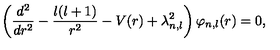
\left( \frac { d ^ { 2 } } { d r ^ { 2 } } - \frac { l ( l + 1 ) } { r ^ { 2 } } - V ( r ) + \lambda _ { n , l } ^ { 2 } \right) \varphi _ { n , l } ( r ) = 0 ,